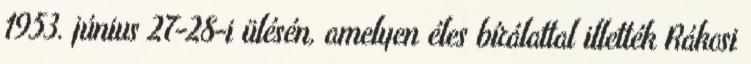
1953. június 27-28-i ülésén, amelyen éles bírálattal illették Rákosi